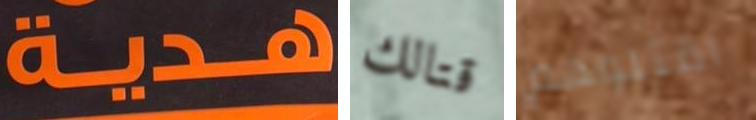
هدية قتالك اقتلوهم